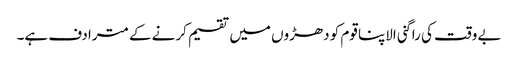
بے وقت کی راگنی الاپنا قوم کو دھڑوں میں تقسیم کرنے کے مترادف ہے۔